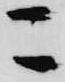
こ